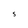
Character: S